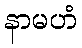
နာမဟံ